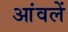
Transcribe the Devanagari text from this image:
आंवलें